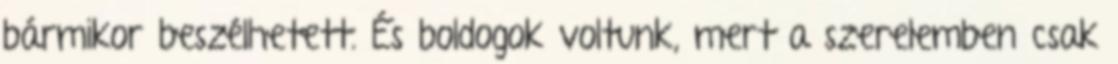
bármikor beszélhetett. És boldogok voltunk, mert a szerelemben csak